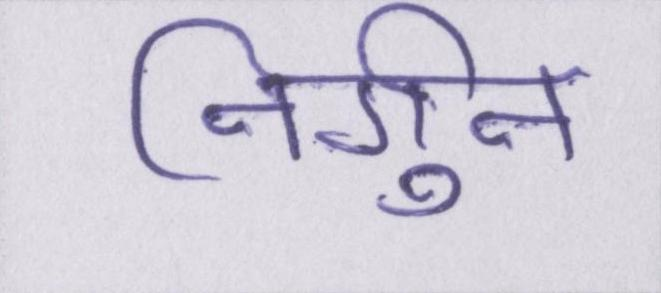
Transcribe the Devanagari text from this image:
निर्गुन